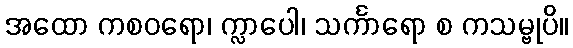
အထော ကစဝရော၊ က္လာပေါ၊ သင်္ကာရော စ ကသမ္ဗုပိ။